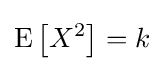
\operatorname {E} \left[X^{2}\right]=k